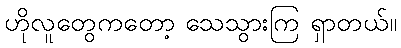
ဟိုလူတွေကတော့ သေသွားကြ ရှာတယ်။